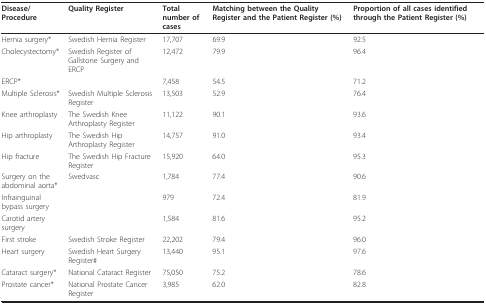
<table><thead><tr><td><b>Disease/Procedure</b></td><td><b>Quality Register</b></td><td><b>Total number of cases</b></td><td><b>Matching between the Quality Register and the Patient Register (%)</b></td><td><b>Proportion of all cases identified through the Patient Register (%)</b></td></tr></thead><tbody><tr><td>Hernia surgery*</td><td>Swedish Hernia Register</td><td>17,707</td><td>69.9</td><td>92.5</td></tr><tr><td>Cholecystectomy*</td><td>Swedish Register of Gallstone Surgery and ERCP</td><td>12,472</td><td>79.9</td><td>96.4</td></tr><tr><td>ERCP*</td><td></td><td>7,458</td><td>54.5</td><td>71.2</td></tr><tr><td>Multiple Sclerosis*</td><td>Swedish Multiple Sclerosis Register</td><td>13,503</td><td>52.9</td><td>76.4</td></tr><tr><td>Knee arthroplasty</td><td>The Swedish Knee Arthroplasty Register</td><td>11,122</td><td>90.1</td><td>93.6</td></tr><tr><td>Hip arthroplasty</td><td>The Swedish Hip Arthroplasty Register</td><td>14,757</td><td>91.0</td><td>93.4</td></tr><tr><td>Hip fracture</td><td>The Swedish Hip Fracture Register</td><td>15,920</td><td>64.0</td><td>95.3</td></tr><tr><td>Surgery on the abdominal aorta*</td><td>Swedvasc</td><td>1,784</td><td>77.4</td><td>90.6</td></tr><tr><td>Infrainguinal bypass surgery</td><td></td><td>979</td><td>72.4</td><td>81.9</td></tr><tr><td>Carotid artery surgery</td><td></td><td>1,584</td><td>81.6</td><td>95.2</td></tr><tr><td>First stroke</td><td>Swedish Stroke Register</td><td>22,202</td><td>79.4</td><td>96.0</td></tr><tr><td>Heart surgery</td><td>Swedish Heart Surgery Register#</td><td>13,440</td><td>95.1</td><td>97.6</td></tr><tr><td>Cataract surgery*</td><td>National Cataract Register</td><td>75,050</td><td>75.2</td><td>78.6</td></tr><tr><td>Prostate cancer*</td><td>National Prostate Cancer Register</td><td>3,985</td><td>62.0</td><td>82.8</td></tr></tbody></table>